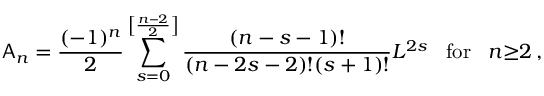
{ \sf A } _ { n } = \frac { ( - 1 ) ^ { n } } { 2 } \sum _ { s = 0 } ^ { \left[ \frac { n - 2 } { 2 } \right] } \frac { ( n - s - 1 ) ! } { ( n - 2 s - 2 ) ! ( s + 1 ) ! } L ^ { 2 s } \; \; \; \mathrm { f o r } \; \; \; n { \geq } 2 \, ,